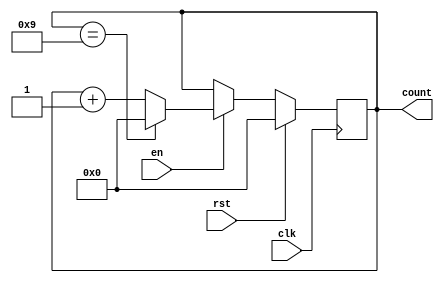
module bcd_up_counter_with_enable (
    input wire clk,       // Clock signal
    input wire rst,       // Reset signal
    input wire en,        // Enable signal
    output reg [3:0] count // BCD Counter output
);

always @(posedge clk) begin
    if (rst) begin
        count <= 4'b0;
    end else begin
        if (en) begin
            if (count == 4'b1001) begin
                count <= 4'b0000;
            end else begin
                count <= count + 4'b0001;
            end
        end
    end
end

endmodule